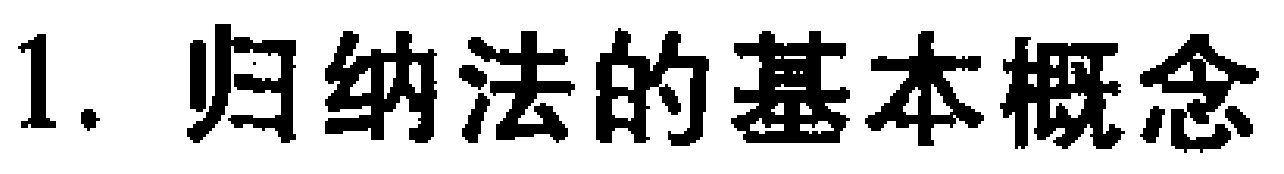
1. 归纳法的基本概念